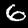
Label: 6